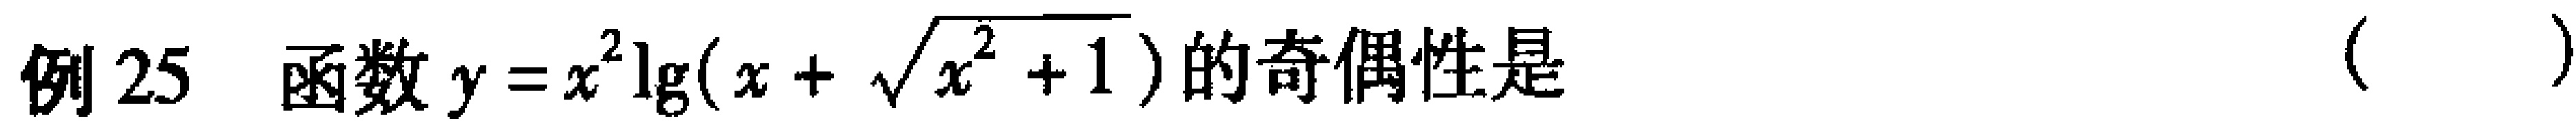
例 25 函数 \(y = x^{2}\lg(x + \sqrt{x^{2}+1})\) 的奇偶性是（  ）